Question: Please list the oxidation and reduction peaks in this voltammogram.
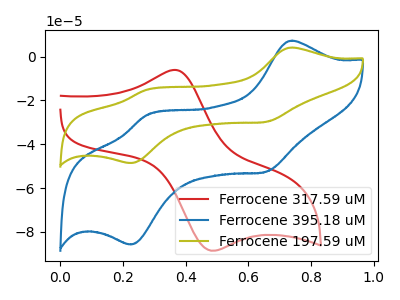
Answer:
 <answer>The red curve "Ferrocene 317.59 uM" has an anodic peak at (0.35V, -6.10uA) and a cathodic peak at (0.50V, -88.60uA). The blue curve "Ferrocene 395.18 uM" has anodic peaks at (0.75V, 7.25uA) (0.30V, -26.70uA) and cathodic peaks at (0.65V, -52.65uA) (0.20V, -85.75uA). The olive curve "Ferrocene 197.59 uM" has anodic peaks at (0.75V, 4.10uA) (0.30V, -15.15uA) and cathodic peaks at (0.65V, -29.85uA) (0.20V, -48.60uA).</answer>
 <eval></eval>